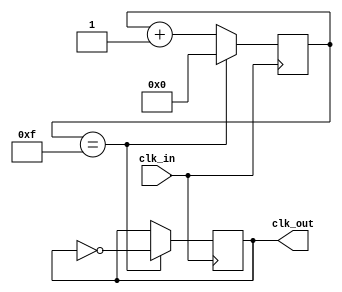
module frequency_synth (
    input wire clk_in,
    output reg clk_out
);

reg [7:0] counter;
reg [7:0] divide_ratio = 8'h10; // Set the division ratio here

always @(posedge clk_in) begin
    if (counter == divide_ratio-1) begin
        counter <= 0;
        clk_out <= ~clk_out;
    end else begin
        counter <= counter + 1;
    end
end

endmodule